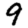
Digit: 9